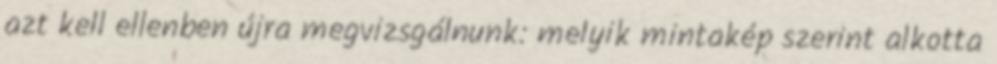
azt kell ellenben újra megvizsgálnunk: melyik mintakép szerint alkotta